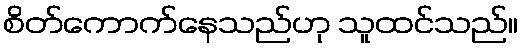
စိတ်ကောက်နေသည်ဟု သူထင်သည်။